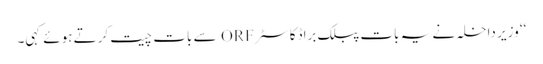
‘‘ وزیر داخلہ نے یہ بات پبلک براڈکاسٹر ORF سے بات چیت کرتے ہوئے کہی۔